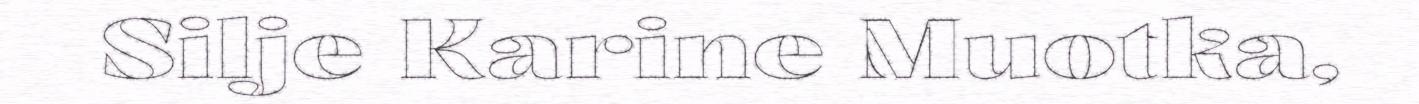
Silje Karine Muotka,